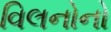
વિલનોનો